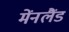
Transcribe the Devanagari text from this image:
मेंनलैंड